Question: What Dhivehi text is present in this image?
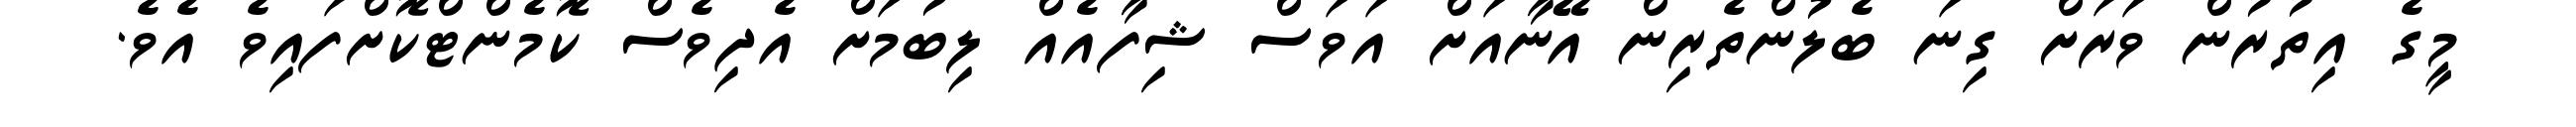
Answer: މީގެ އިތުރުން ވަރަށް ގިނަ ބެލުންތެރިން އޭނާއަށް އަވަސް ޝިފާއެއް ލިބުމަށް އެދިވެސް ކޮމެންޓްކޮށްފައިވެ އެވެ.